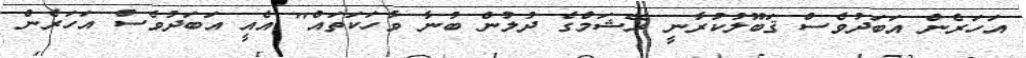
އަހަރެން އަބަދުވެސް ޤަބޫލުކުރާނީ ރޭޝަމްގެ ދުލުން ބުނާ ވާހަކަތައް" އެއީ އަބަދުވެސް އަހަރެން